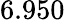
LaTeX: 6.950\